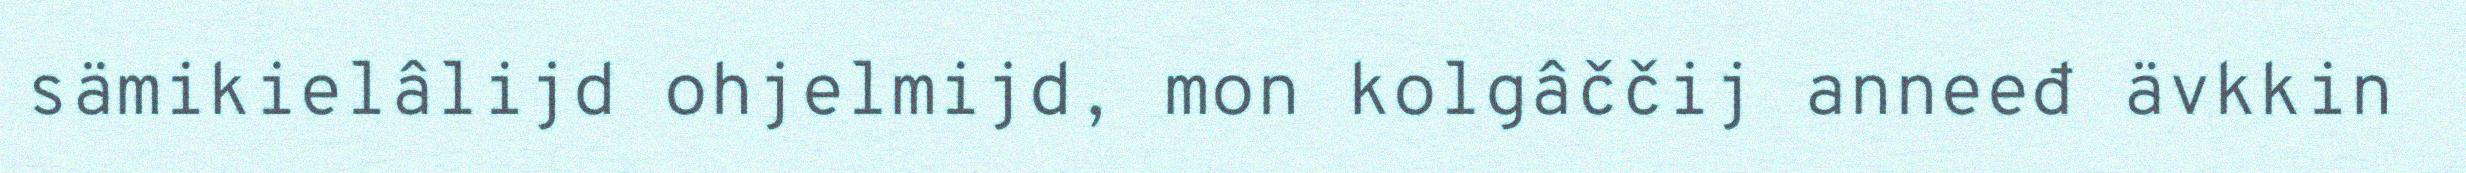
sämikielâlijd ohjelmijd, mon kolgâččij anneeđ ävkkin